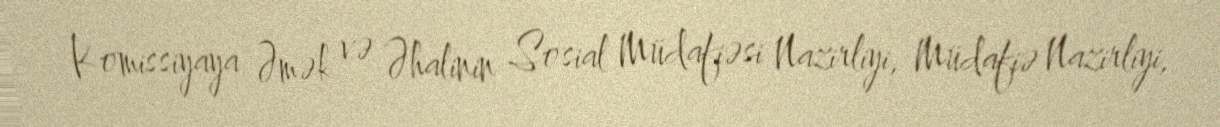
Komissiyaya Əmək və Əhalinin Sosial Müdafiəsi Nazirliyi, Müdafiə Nazirliyi,